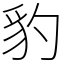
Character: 豹